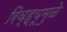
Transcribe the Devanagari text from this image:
रिव्ह्यूमुळे